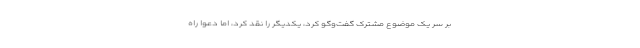
بر سر یک موضوع مشترک گفت‌و‌گو کرد، یکدیگر را نقد کرد، اما دعوا راه